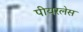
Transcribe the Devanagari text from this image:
पीयरलेस